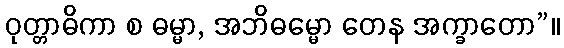
ဝုတ္တာဓိကာ စ ဓမ္မာ, အဘိဓမ္မော တေန အက္ခာတော”။